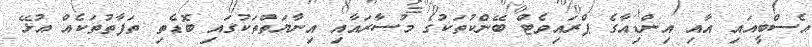
އެސްބީއައި އާއި އިންޑިއާގެ ޕްރައިވެޓް ބޭންކުތަކުގެ މުސާރައާއި އިނާޔަތްތަކުގައި ބޮޑެތި ތަފާތުތަކެއް އުޅޭ